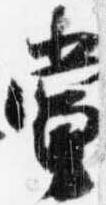
堂